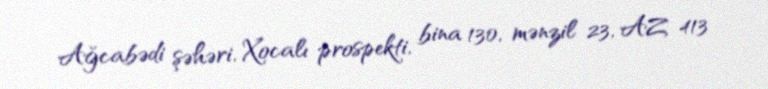
Ağcabədi şəhəri, Xocalı prospekti, bina 130, mənzil 23, AZ 413